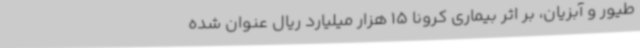
طیور و آبزیان، بر اثر بیماری کرونا 15 هزار میلیارد ریال عنوان شده